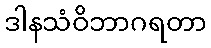
ဒါနသံဝိဘာဂရတာ